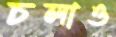
চলাও